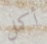
أكمل